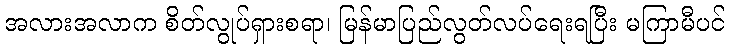
အလားအလာက စိတ်လွုပ်ရှားစရာ၊ မြန်မာပြည်လွတ်လပ်ရေးရပြီး မကြာမီပင်